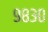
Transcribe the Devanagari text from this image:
९८३०